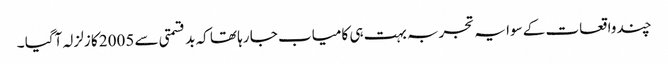
چند واقعات کے سوا یہ تجربہ بہت ہی کامیاب جا رہا تھا کہ بد قسمتی سے 2005 کا زلزلہ آگیا ۔